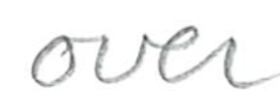
Text: over
Cross-out: clean
Writing tool: pencil